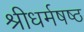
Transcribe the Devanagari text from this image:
श्रीधर्मषष्ठ